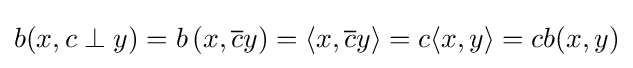
b(x,c\perp y)=b\left(x,{\overline {c}}y\right)=\langle x,{\overline {c}}y\rangle =c\langle x,y\rangle =cb(x,y)